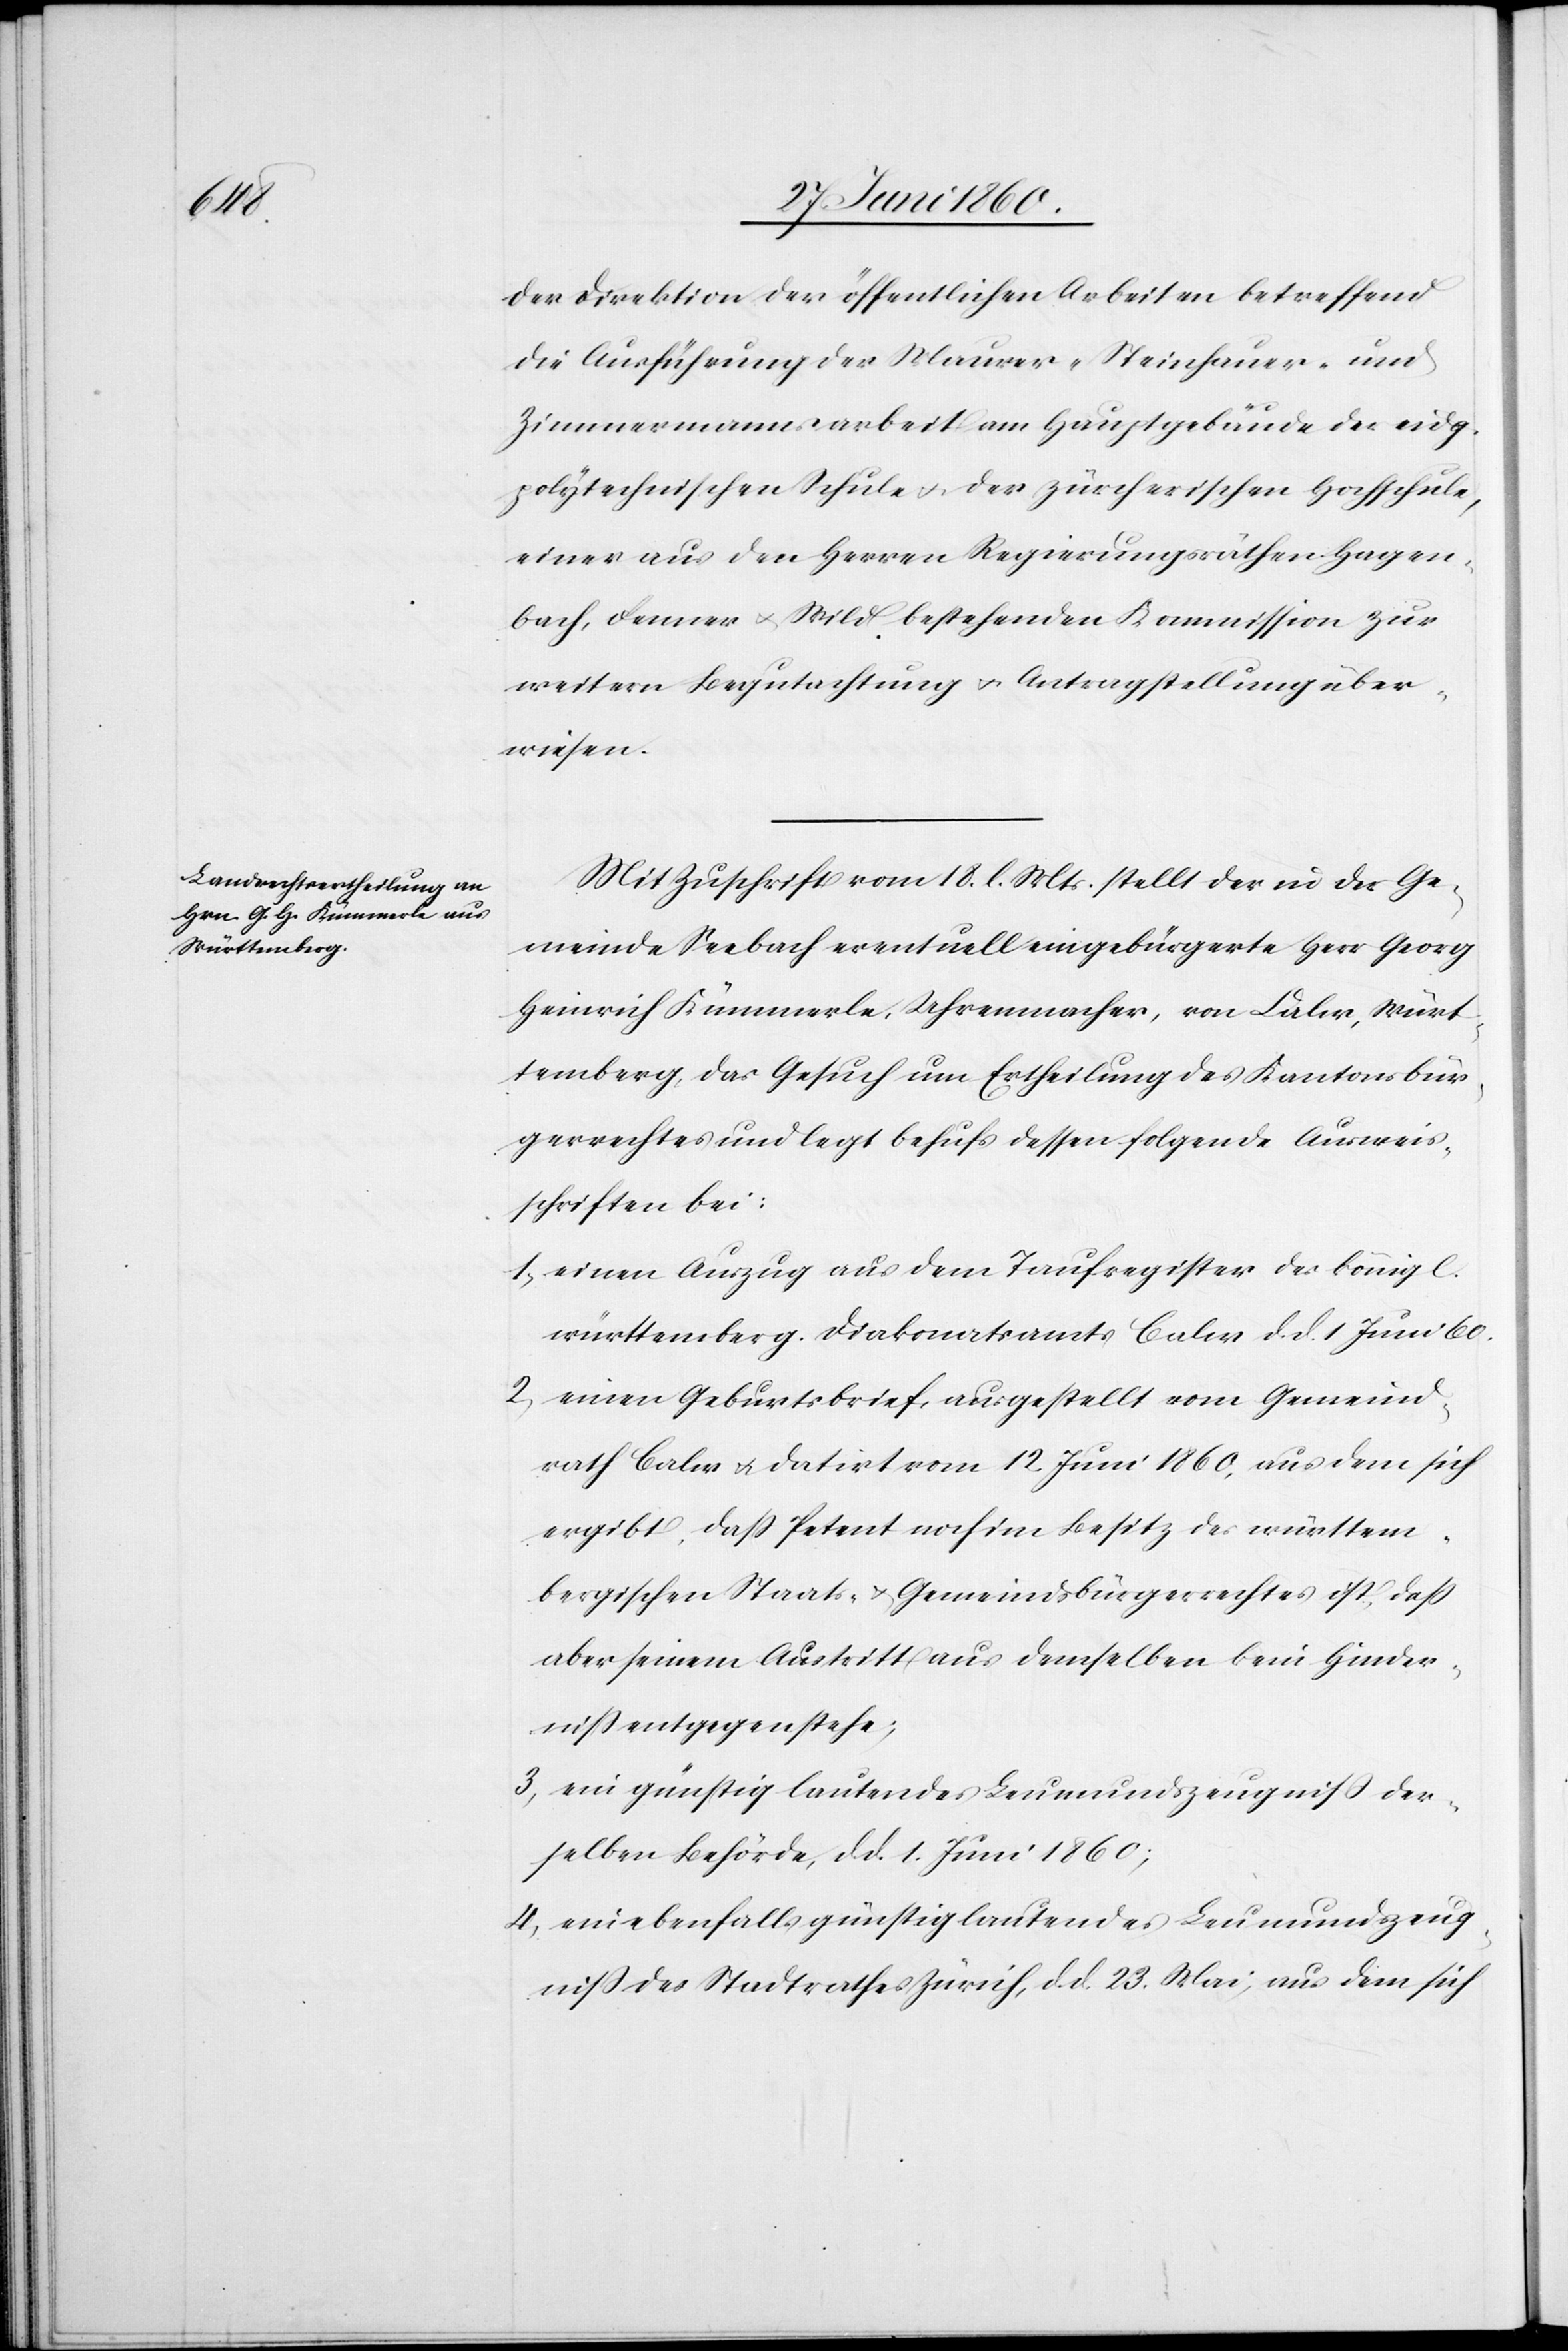
der Direktion der öffentlichen Arbeiten betreffend
die Ausführung der Maurer- Steinhauer- und
Zimmermannsarbeit am Hauptgebäude der eidg.
polytechnischen Schule u. der zürcherischen Hochschule,
einer aus den Herren Regierungsräthen Hagen¬
buch, Fenner u. Wild bestehenden Kommission zur
weitern Begutachtung u. Antragstellung über¬
wiesen.
Mit Zuschrift vom 18. l. Mts. stellt der in der Ge¬
meinde Seebach eventuell eingebürgerte Herr Georg
Heinrich Kümmerle, Uhrenmacher, von Calw, Würt¬
temberg, das Gesuch um Ertheilung des Kantonsbür¬
gerrechtes und legt behufs dessen folgende Ausweis¬
schriften bei:
1. einen Auszug aus dem Taufregister des königl.
württemberg. Diakonatsamts Calw d. d. 1. Juni 60.
2. einen Geburtsbrief, ausgestellt vom Gemeind¬
rath Calw u. datirt vom 12. Juni 1860, aus dem sich
ergibt, dass Petent noch im Besitz des württem¬
bergischen Staats- u. Gemeindsbürgerrechtes ist, dass
aber seinem Austritt aus demselben kein Hinder¬
niss entgegenstehe;
3. ein günstig lautendes Leumundszeugniss der¬
selben Behörde, d. d. 1. Juni 1860;
4. ein ebenfalls günstig lautendes Leumundszeug¬
niss des Stadtrathes Zürich, d. d. 23. Mai, aus dem sich